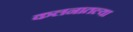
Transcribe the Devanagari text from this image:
कलनातल्या